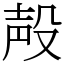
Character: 殸